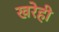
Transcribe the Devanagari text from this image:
खरेही